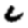
Digit: 6